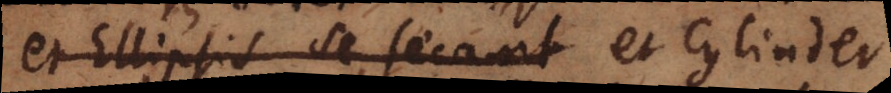
et Ellipsis se secant et cylinder